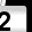
Digit: 2